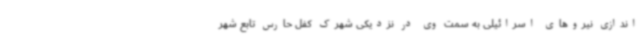
اندازی نیروهای اسرائیلی به سمت وی در نزدیکی شهرک کفل حارس تابع شهر